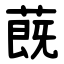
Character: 蔇